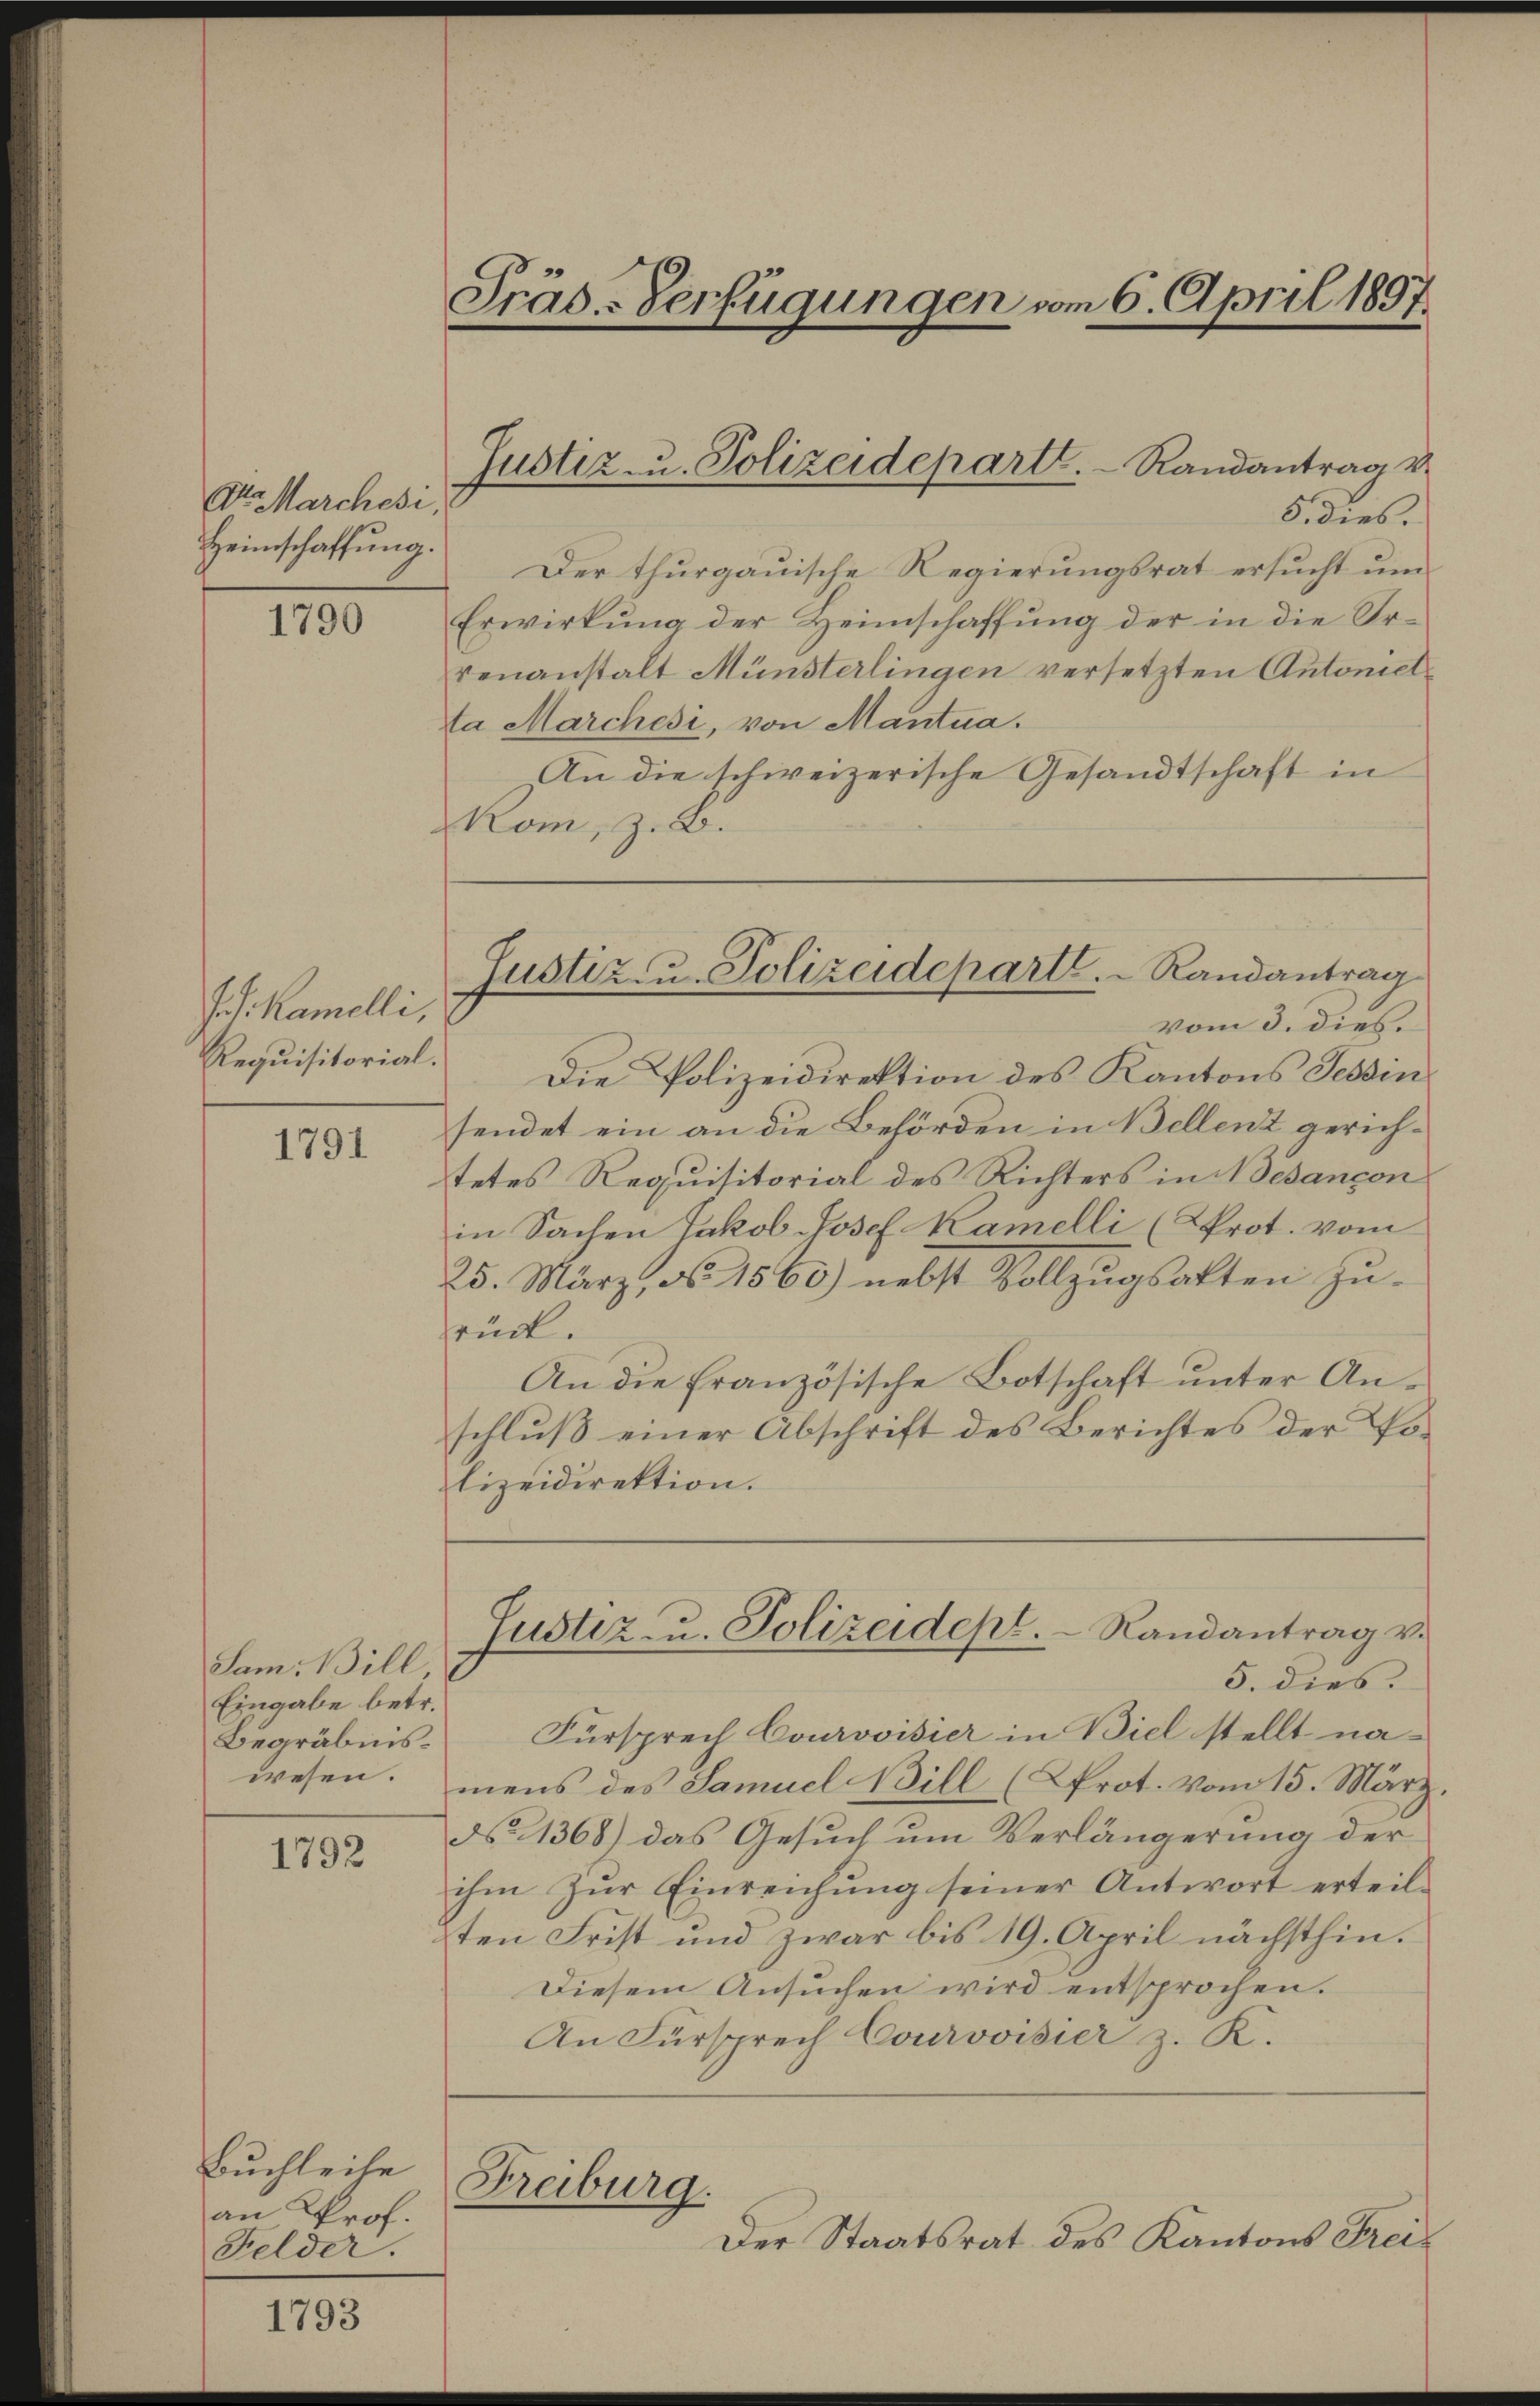
Dtor Marchesi,
Heimschaffung.

1790

Jos. Kamelli,
Requisitorial.

1791

Sam. Bill
Eingabe betr.
wesen.

1792

Buchheite
an Prof.
Felder.

1793

Präs-Verfügungen vom 6. April 1897.

5. dies.
Der thurgauische Regierungsrat ersucht um
Erwirkung der Heimschaffung der in die Orvenanstalt Münsterlingen versetzten Antonielda Marchesi, von Mantua
An die schweizerische Gesandtschaft in
Rom, z. B.

Justiz u. Polizeidepart.  Randantrag v.

Die Polizeidirektion des Kantons Tessin
sendet ein an die Behörden in Bellenz gerichtetes Requisitorial des Richters in Nesançon
in Sachen Jakob Josef Kamelli (Prot. vom
25. März, No. 1860) nebst Vollzugsakten zurück.
An die französische Botschaft unter Anschluß einer Abschrift des Berichtes der Polizeidirektion.

Justiz- u. Polizeideparte. Randantrag
vom 3. dies

Begräbnis. Fürsprech Courvoisier in Biel stellt na-
mens des Samuel Bill (Prot. Vom 15. März.
No 1368) das Gesuch um Verlängerung der
ihm zŭr Einreichung seiner Antwort erteil-
ten Frist und zwar bis 19. April nächsthin.
Diesem Ansuchen wird entsprochen.
An Fürsprech Courvoisier z. K.
Freiburg.
Der Staatsrat des Kantons Frei¬

Justiz- u. Polizeidept. Randantrag v.
5. dies